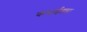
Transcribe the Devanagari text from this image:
कमाईतला